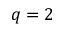
q = 2